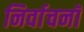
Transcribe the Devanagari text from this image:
निर्वाचनॉ